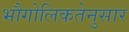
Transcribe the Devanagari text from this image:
भौगोलिकतेनुसार